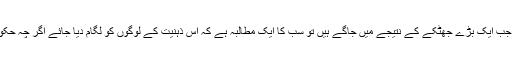
اُس وقت حکومت ، عدالتیں ،میڈیا، عوام، خفیہ ادارے سب سوتے رہے اوراب جب ایک بڑے جھٹکے کے نتیجے میں جاگے ہیں تو سب کا ایک مطالبہ ہے کہ اس ذہنیت کے لوگوں کو لگام دیا جائے اگر چہ حکومت اب بھی تذبذب کا شکا ر ہے اور یہ گروپ بھی اپنی پالیسیوں پر قائم ہے۔